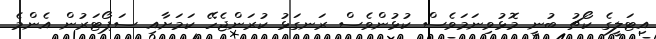
އިޓަލީގެ ކޯޗު ބުނީ މޮޅުވިނަމަވެސް ކުޅުންވެސް ރަނގަޅު ކުރަންޖެހޭ ކަމަށާއި ސަޕޯޓަރުން އެންމެ